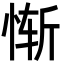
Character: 惭